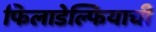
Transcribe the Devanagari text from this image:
फिलाडेल्फियाची